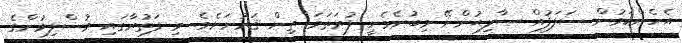
އެހެންކަމުން ސަލަފުއް ޞާލިޙުންނޭ މިބުނެވެނީ ފުރަތަމަ ތިން ޤަރުނަށެވެ. މި ފަތުރާގައި މުސްލިމުންގެ